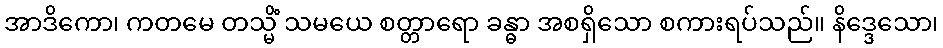
အာဒိကော၊ ကတမေ တသ္မိံ သမယေ စတ္တာရော ခန္ဓာ အစရှိသော စကားရပ်သည်။ နိဒ္ဒေသော၊